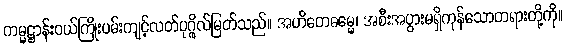
ကမ္မဋ္ဌာန်းဝယ်ကြိုးပမ်းကျင့်လတ်ပုဂ္ဂိုလ်မြတ်သည်။ အဟိတေဓမ္မေ၊ အစီးအပွားမရှိကုန်သောတရားတို့ကို။